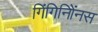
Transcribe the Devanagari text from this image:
गिंगिनिॲनस